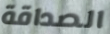
الصداقة